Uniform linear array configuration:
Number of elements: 8
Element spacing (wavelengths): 0.75
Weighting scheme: uniform
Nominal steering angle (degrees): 45
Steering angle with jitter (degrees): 44.899
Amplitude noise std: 0.05
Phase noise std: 0.05

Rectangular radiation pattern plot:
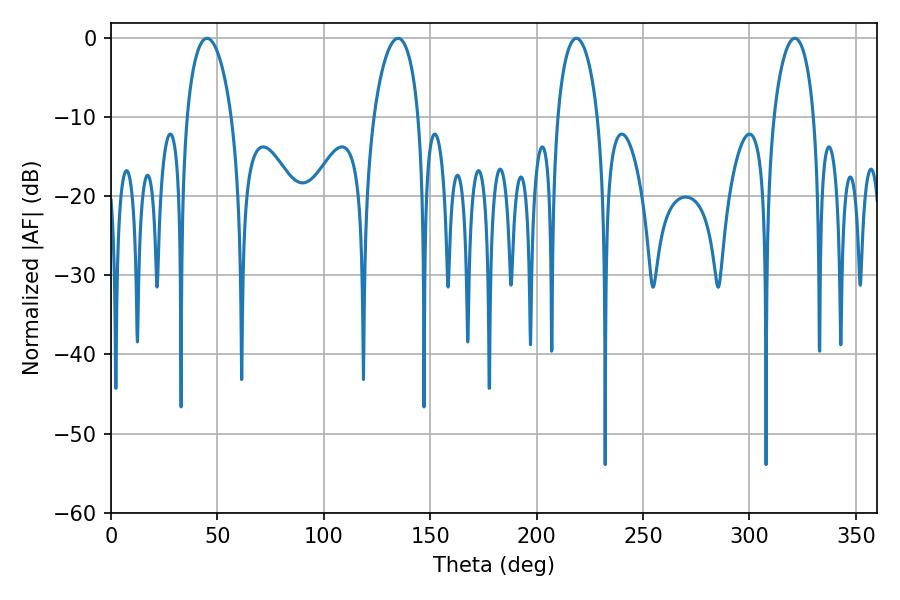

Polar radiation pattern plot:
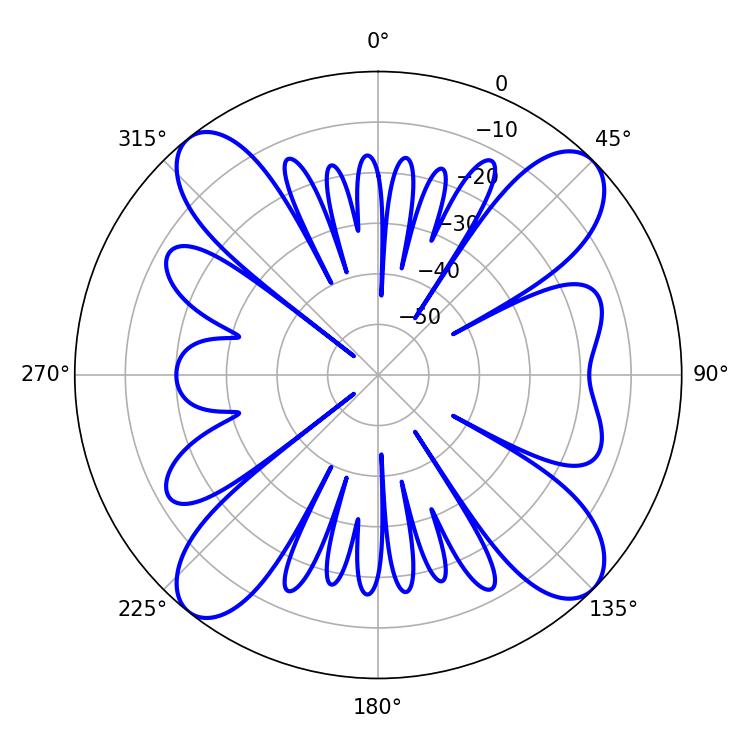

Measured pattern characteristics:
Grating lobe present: TRUE
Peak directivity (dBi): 14.515
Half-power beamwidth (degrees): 10.8
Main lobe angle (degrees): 218.7